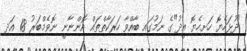
"ދުޅަހެޔޮ ހަށިހެޔޮ އީދު"ގެ ނަމުގައި ބާއްވާ ހަރަކާތްތައް އޮންނާނީ ނޮވެމްބަރު 18 އަދި